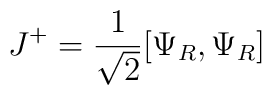
J^+ = {1 \over \sqrt 2} [\Psi_R , \Psi _R]